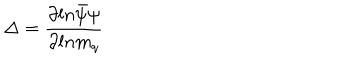
\Delta = { \frac { \partial l n \bar { \psi } \psi } { \partial l n m _ { q } } }